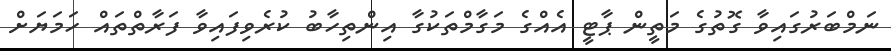
ނަމްބަރުގައިވާ ގޮތުގެ މަތީން ޕާޓީ އެއްގެ މަގާމްތަކުގާ އިންތިހާބު ކުރެވިފައިވާ ފަރާތްތައް ހަމަޔަށް